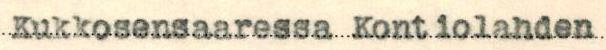
Kukkosensaaren Kontiolahden